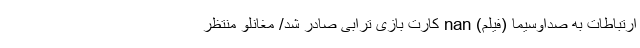
ارتباطات به صداوسیما (فیلم) nan کارت بازی ترابی صادر شد/ مغانلو منتظر